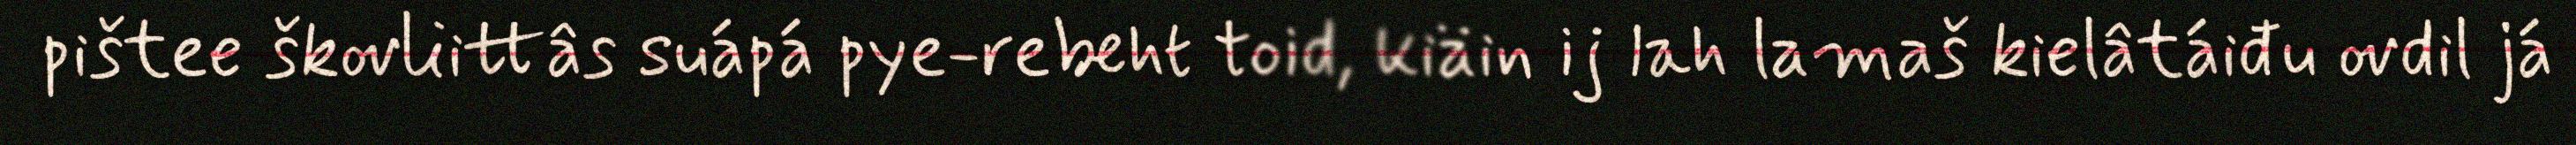
pištee škovliittâs suápá pye-rebeht toid, kiäin ij lah lamaš kielâtáiđu ovdil já